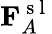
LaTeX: \mathbf{F}_{A}^{\mathrm{~s~l~}}